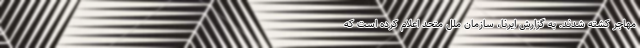
مهاجر کشته شدند. به گزارش ایرنا، سازمان ملل متحد اعلام کرده است که